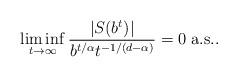
LaTeX: \begin{align*} \liminf_{t \to \infty}\frac{|S(b^t)|}{b^{t/\alpha}t^{-1/(d-\alpha)}} = 0 \mbox{ a.s..}\end{align*}